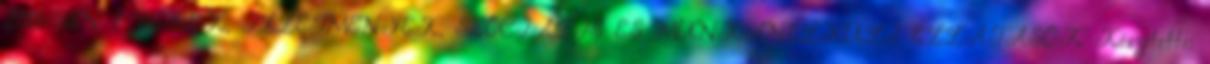
2011-BEN ? BÉREK, ILLETMÉNYEK, SZOCIÁLIS ÉS MUNKANÉLKÜLI ELLÁTÁSOK Készítette: